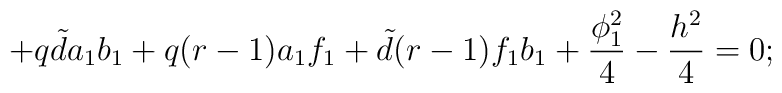
+q {\tilde d} a_{1}b_{1}+q(r-1)a_{1}f_{1}+ {\tilde d}(r-1)f_{1}b_{1}+\frac{\phi_{1}^{2}}{4} -\frac{h^{2}}{4}=0;